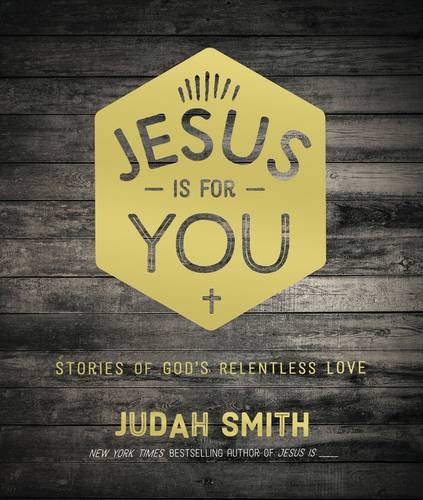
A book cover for Jesus Is For You: Stories of God's Relentless Love; Judah Smith; Christian Books & Bibles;